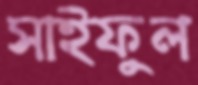
সাইফুল